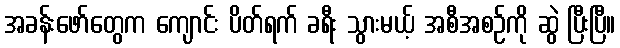
အခန်းဖော်တွေက ကျောင်း ပိတ်ရက် ခရီး သွားမယ့် အစီအစဉ်ကို ဆွဲ ပြီးပြီ။